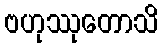
ဗဟုဿုတောသိ